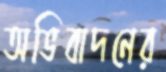
অভিবাদনের